Accidents in school laboratories and in rooms used for practical work, 1937
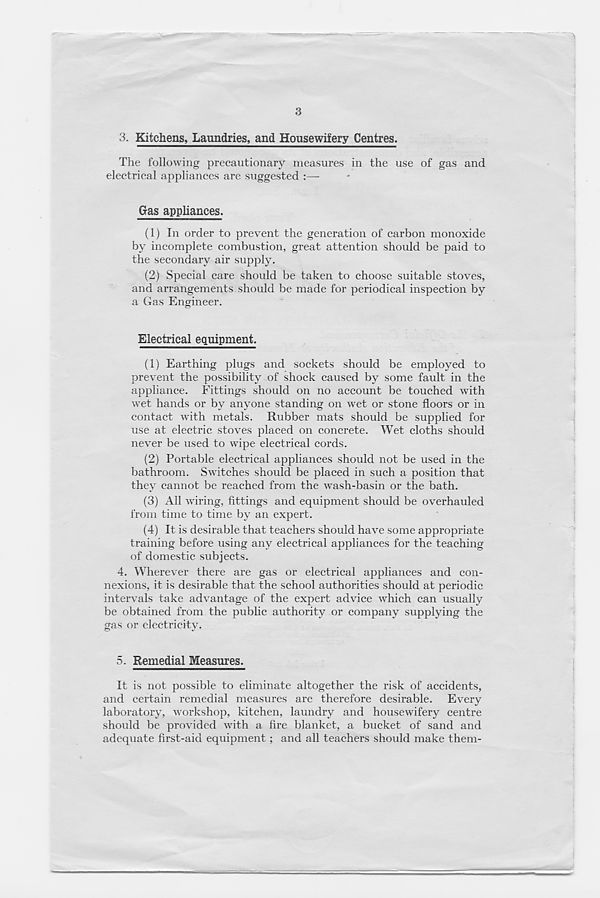
3
3. Kitchens, Laundries, and Housewifery Centres.
The following precautionary measures in the use of gas and
electrical appliances are suggested
Gas appliances.
(1) In order to prevent the generation of carbon monoxide
by incomplete combustion, great attention should be paid to
the secondary air supply.
(2) Special care should be taken to choose suitable stoves,
and arrangements should be made for periodical inspection by
a Gas Engineer.
Electrical equipment.
(1) Earthing plugs and sockets should be employed to
prevent the possibility of shock caused by some fault in the
appliance. Fittings should on no account be touched with
wet hands or by anyone standing on wet or stone floors or in
contact with metals. Rubber mats should be supplied for
use at electric stoves placed on concrete. Wet cloths should
never be used to wipe electrical cords.
(2) Portable electrical appliances should not be used in the
bathroom. Switches should be placed in such a position that
they cannot be reached from the wash-basin or the bath.
(3) All wiring, fittings and equipment should be overhauled
from time to time by an expert.
(4) It is desirable that teachers should have some appropriate
training before using any electrical appliances for the teaching
of domestic subjects.
4. Wherever there are gas or electrical appliances and con-
nexions, it is desirable that the school authorities should at periodic
intervals take advantage of the expert advice which can usually
be obtained from the public authority or company supplying the
gas or electricity.
5. Remedial Measures.
It is not possible to eliminate altogether the risk of accidents,
and certain remedial measures are therefore desirable. Every
laboratory, workshop, kitchen, laundry and housewifery centre
should be provided with a fire blanket, a bucket of sand and
adequate first-aid equipment; and all teachers should make them-